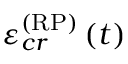
\varepsilon _ { c r } ^ { \left( \mathrm { R P } \right) } \left( t \right)